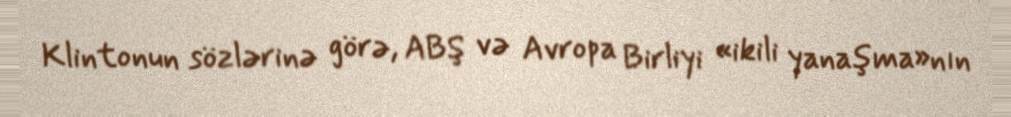
Klintonun sözlərinə görə, ABŞ və Avropa Birliyi «ikili yanaşma»nın